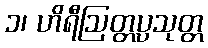
၁၊ ဟိရီဩတ္တပ္ပသုတ္တ